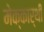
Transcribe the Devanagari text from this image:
मेक्कार्थी